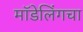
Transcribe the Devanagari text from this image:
मॉडेलिंगचा